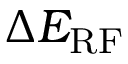
\Delta E _ { \mathrm { R F } }